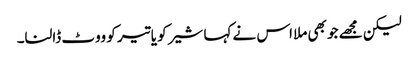
لیکن مجھے جو بھی ملا اس نے کہا شیر کو یا تیر کو ووٹ ڈالنا۔